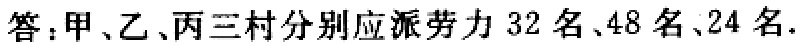
答：甲、乙、丙三村分别应派劳力 \(32\) 名、\(48\) 名、\(24\) 名.